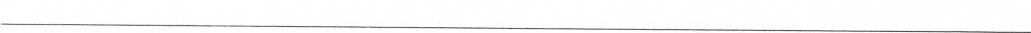
___